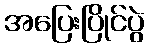
အပြေးပြိုင်ပွဲ